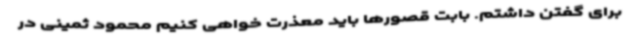
برای گفتن داشتم. بابت قصورها باید معذرت خواهی کنیم محمود ثمینی در